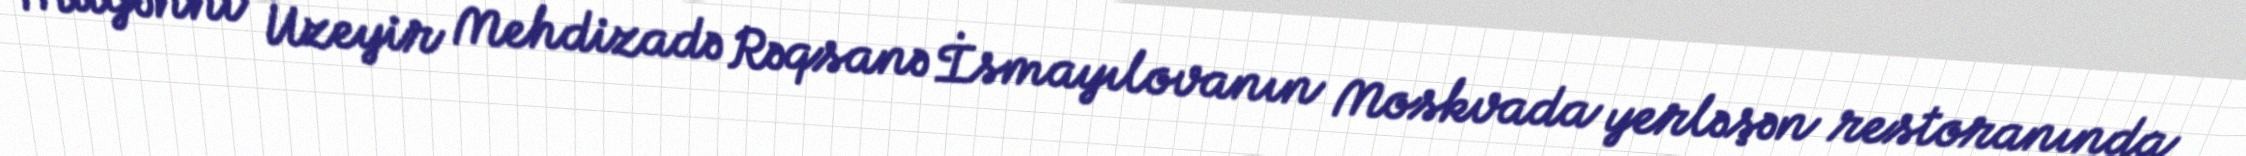
Müğənni Üzeyir Mehdizadə Rəqsanə İsmayılovanın Moskvada yerləşən restoranında